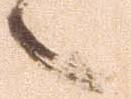
々